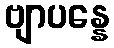
ဗျာပန္နေ